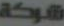
شركة